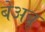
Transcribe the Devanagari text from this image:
बेअब्रू